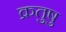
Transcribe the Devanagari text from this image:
क्रतुषु